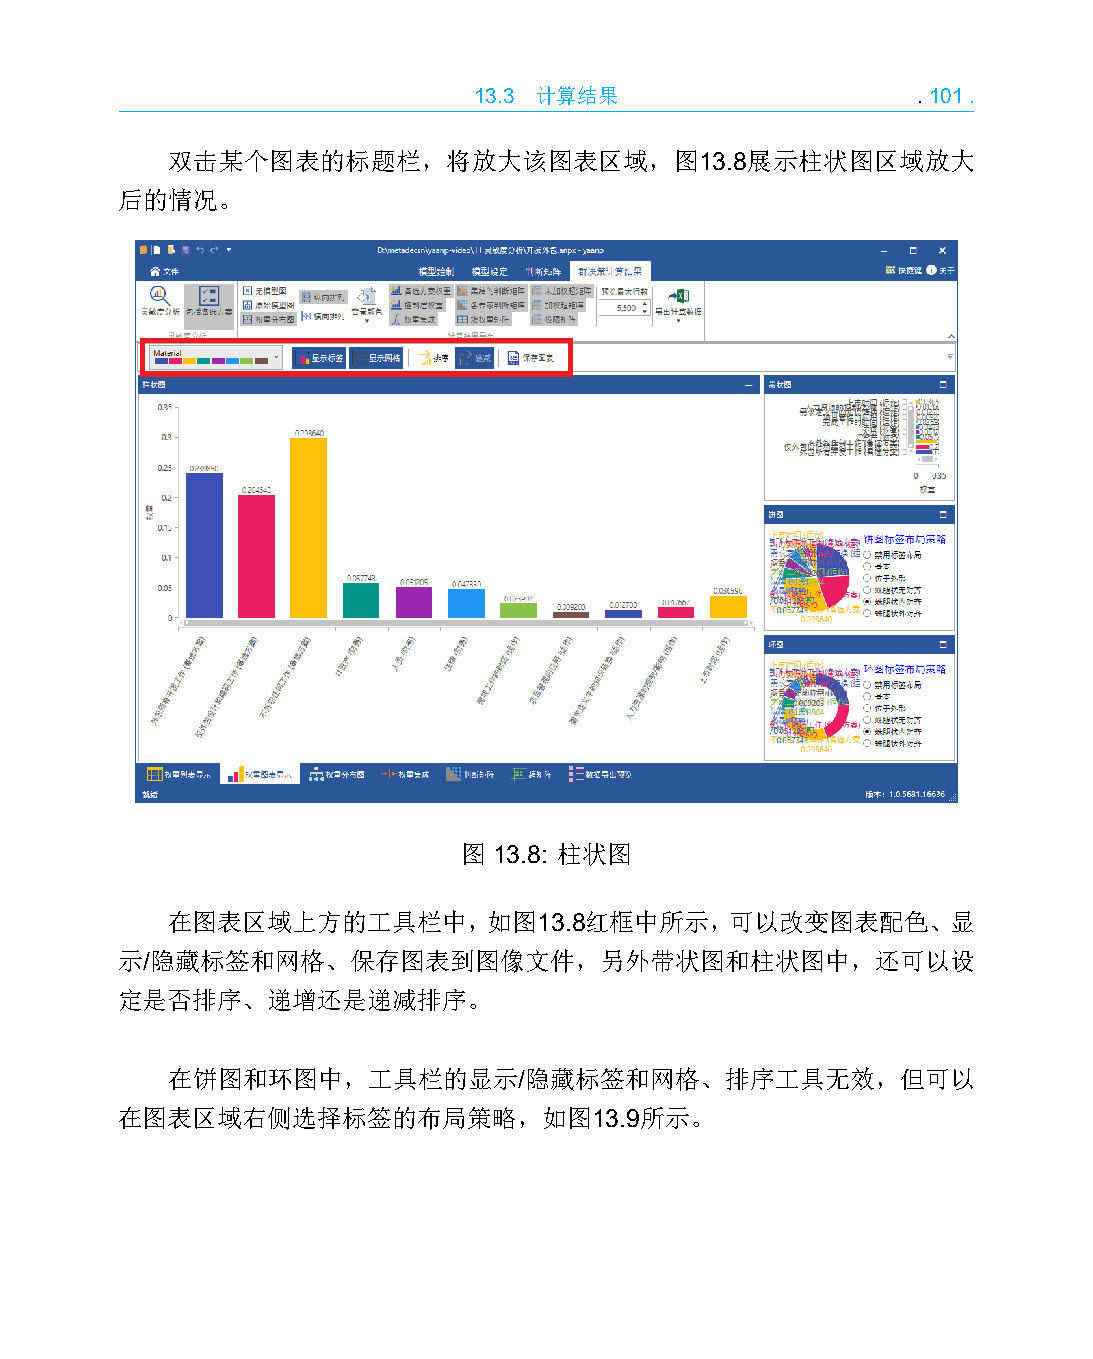
13.3 计算结果                     .101.
 双击某个图表的标题栏，将放大该图表区域，图13.8展示柱状图区域放大
 后的情况。
 图  13.8: 柱状图
 在图表区域上方的工具栏中，如图13.8红框中所示，可以改变图表配色、显
 示/隐藏标签和网格、保存图表到图像文件，另外带状图和柱状图中，还可以设
 定是否排序、递增还是递减排序。
 在饼图和环图中，工具栏的显示/隐藏标签和网格、排序工具无效，但可以
 在图表区域右侧选择标签的布局策略，如图13.9所示。